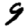
Digit: 9